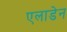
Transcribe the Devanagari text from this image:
एलाडेन